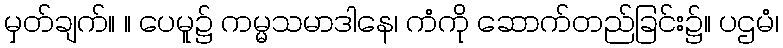
မှတ်ချက်။ ။ ပေမူ၌ ကမ္မသမာဒါနေ၊ ကံကို ဆောက်တည်ခြင်း၌။ ပဌမံ၊